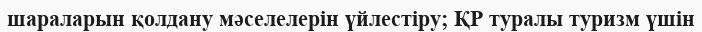
шараларын қолдану мәселелерін үйлестіру; ҚР туралы туризм үшін